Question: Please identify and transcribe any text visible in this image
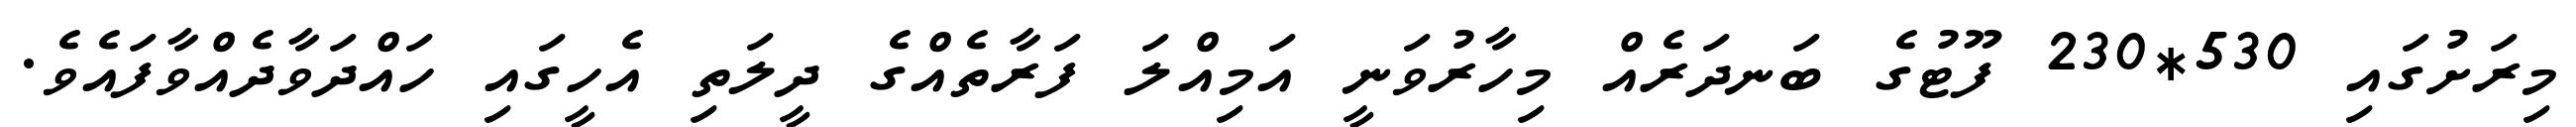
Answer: މިރަށުގައި 530*230 ފޫޓުގެ ބަނދަރެއް މިހާރުވަނީ އަމިއްލަ ފަރާތެއްގެ ދީލަތި އެހީގައި ހައްދަވާދެއްވާފައެވެ.